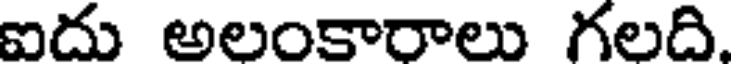
ఐదు అలంకారాలు గలది.